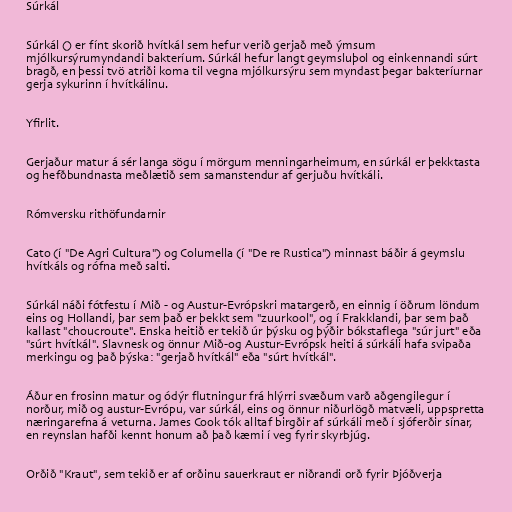
Súrkál

Súrkál () er fínt skorið hvítkál sem hefur verið gerjað með ýmsum
mjólkursýrumyndandi bakteríum. Súrkál hefur langt geymsluþol og einkennandi súrt
bragð, en þessi tvö atriði koma til vegna mjólkursýru sem myndast þegar bakteríurnar
gerja sykurinn í hvítkálinu.

Yfirlit.

Gerjaður matur á sér langa sögu í mörgum menningarheimum, en súrkál er þekktasta
og hefðbundnasta meðlætið sem samanstendur af gerjuðu hvítkáli.

Rómversku rithöfundarnir

Cato (í "De Agri Cultura") og Columella (í "De re Rustica") minnast báðir á geymslu
hvítkáls og rófna með salti.

Súrkál náði fótfestu í Mið - og Austur-Evrópskri matargerð, en einnig í öðrum löndum
eins og Hollandi, þar sem það er þekkt sem "zuurkool", og í Frakklandi, þar sem það
kallast "choucroute". Enska heitið er tekið úr þýsku og þýðir bókstaflega "súr jurt" eða
"súrt hvítkál". Slavnesk og önnur Mið-og Austur-Evrópsk heiti á súrkáli hafa svipaða
merkingu og það þýska: "gerjað hvítkál" eða "súrt hvítkál".

Áður en frosinn matur og ódýr flutningur frá hlýrri svæðum varð aðgengilegur í
norður, mið og austur-Evrópu, var súrkál, eins og önnur niðurlögð matvæli, uppspretta
næringarefna á veturna. James Cook tók alltaf birgðir af súrkáli með í sjóferðir sínar,
en reynslan hafði kennt honum að það kæmi í veg fyrir skyrbjúg.

Orðið "Kraut", sem tekið er af orðinu sauerkraut er niðrandi orð fyrir Þjóðverja